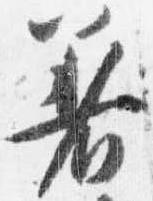
着